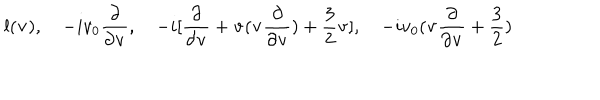
l ( { \bf v } ) , \quad - i v _ { 0 } \frac { \partial } { \partial { \bf v } } , \quad - i [ \frac { \partial } { \partial { \bf v } } + { \bf v } ( { \bf v } \frac { \partial } { \partial { \bf v } } ) + \frac { 3 } { 2 } { \bf v } ] , \quad - i v _ { 0 } ( { \bf v } \frac { \partial } { \partial { \bf v } } + \frac { 3 } { 2 } )